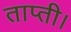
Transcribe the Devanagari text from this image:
ताप्ती।